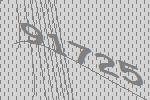
91725